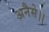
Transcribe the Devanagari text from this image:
अनैसे।।